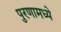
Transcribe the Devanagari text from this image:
पुरणामध्ये